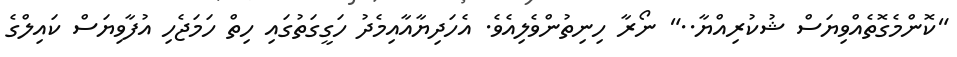
"ކޮންމެގޮތެއްވިޔަސް ޝުކުރިއްޔާ.." ނޯރާ ހިނިތުންވެލިއެވެ. އެހަދިޔާއާއިމެދު ހަގީގަތުގައި ހިތް ހަމަޖެހި އުފާވިޔަސް ކައިލްގެ